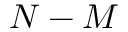
N - M